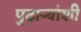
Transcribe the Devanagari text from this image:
पुढाऱ्यांशी